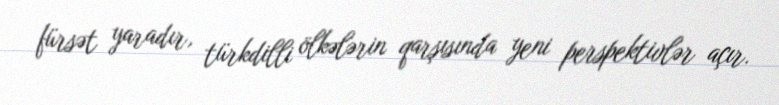
fürsət yaradır, türkdilli ölkələrin qarşısında yeni perspektivlər açır.